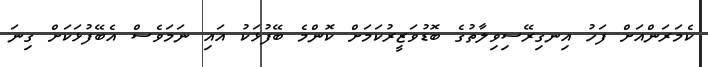
ކެމަރަންއަށް ފަހު އިނގިރޭސިވިލާތުގެ ބޮޑުވަޒީރުކަމަށް ކޮންމެ ބޭފުޅަކު އައި ނަމަވެސް އެބޭފުޅަކަށް ގިނަ